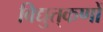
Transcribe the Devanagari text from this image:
विद्युत्‌कणों